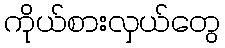
ကိုယ်စားလှယ်တွေ